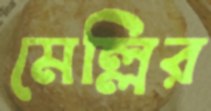
মেল্লির